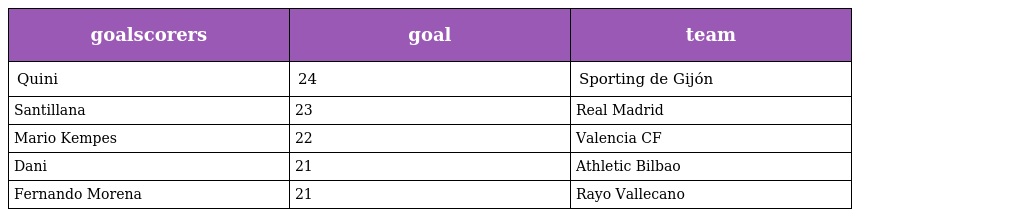
| goalscorers | goal | team |
 | --- | --- | --- |
 | Quini | 24 | Sporting de Gijón |
 | Santillana | 23 | Real Madrid |
 | Mario Kempes | 22 | Valencia CF |
 | Dani | 21 | Athletic Bilbao |
 | Fernando Morena | 21 | Rayo Vallecano |